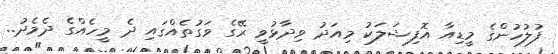
ފުލުހުންގެ މީޑިއާ އޮފިޝަލަކު މިއަދު ވިދާޅުވީ ރޭގެ ވަގުތެއްގައި ދެ މީހެއްގެ ދެމެދު..